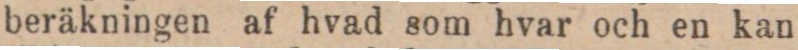
beräkningen af hvad som hvar och en kan